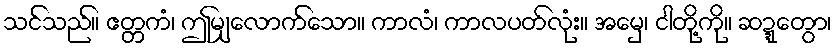
သင်သည်။ ဧတ္တကံ၊ ဤမျှလောက်သော။ ကာလံ၊ ကာလပတ်လုံး။ အမှေ၊ ငါတို့ကို။ ဆဍ္ဍေတွာ၊